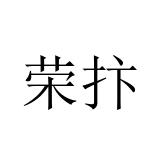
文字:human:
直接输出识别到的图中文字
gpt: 荣抃